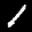
Label: 1